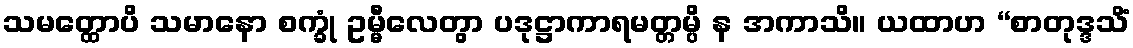
သမတ္ထောပိ သမာနော စက္ခုံ ဥမ္မီလေတွာ ပဒုဋ္ဌာကာရမတ္တမ္ပိ န အကာသိ။ ယထာဟ “စာတုဒ္ဒသိံ